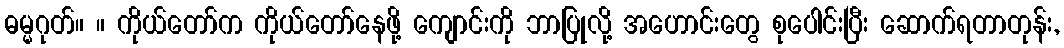
ဓမ္မဂုတ်။ ။ ကိုယ်တော်က ကိုယ်တော်နေဖို့ ကျောင်းကို ဘာပြုလို့ အဟောင်းတွေ စုပေါင်းပြီး ဆောက်ရတာတုန်း,